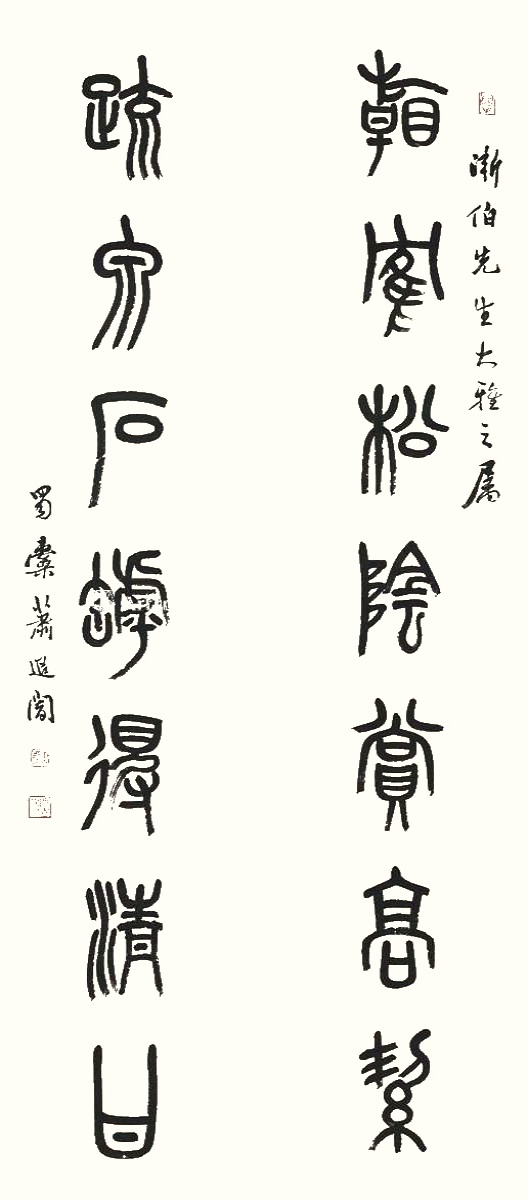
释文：看鹤松阴赏高洁，疏泉石罅得清甘。渐伯先生大雅之属，蜀㯱萧退暗。